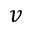
v